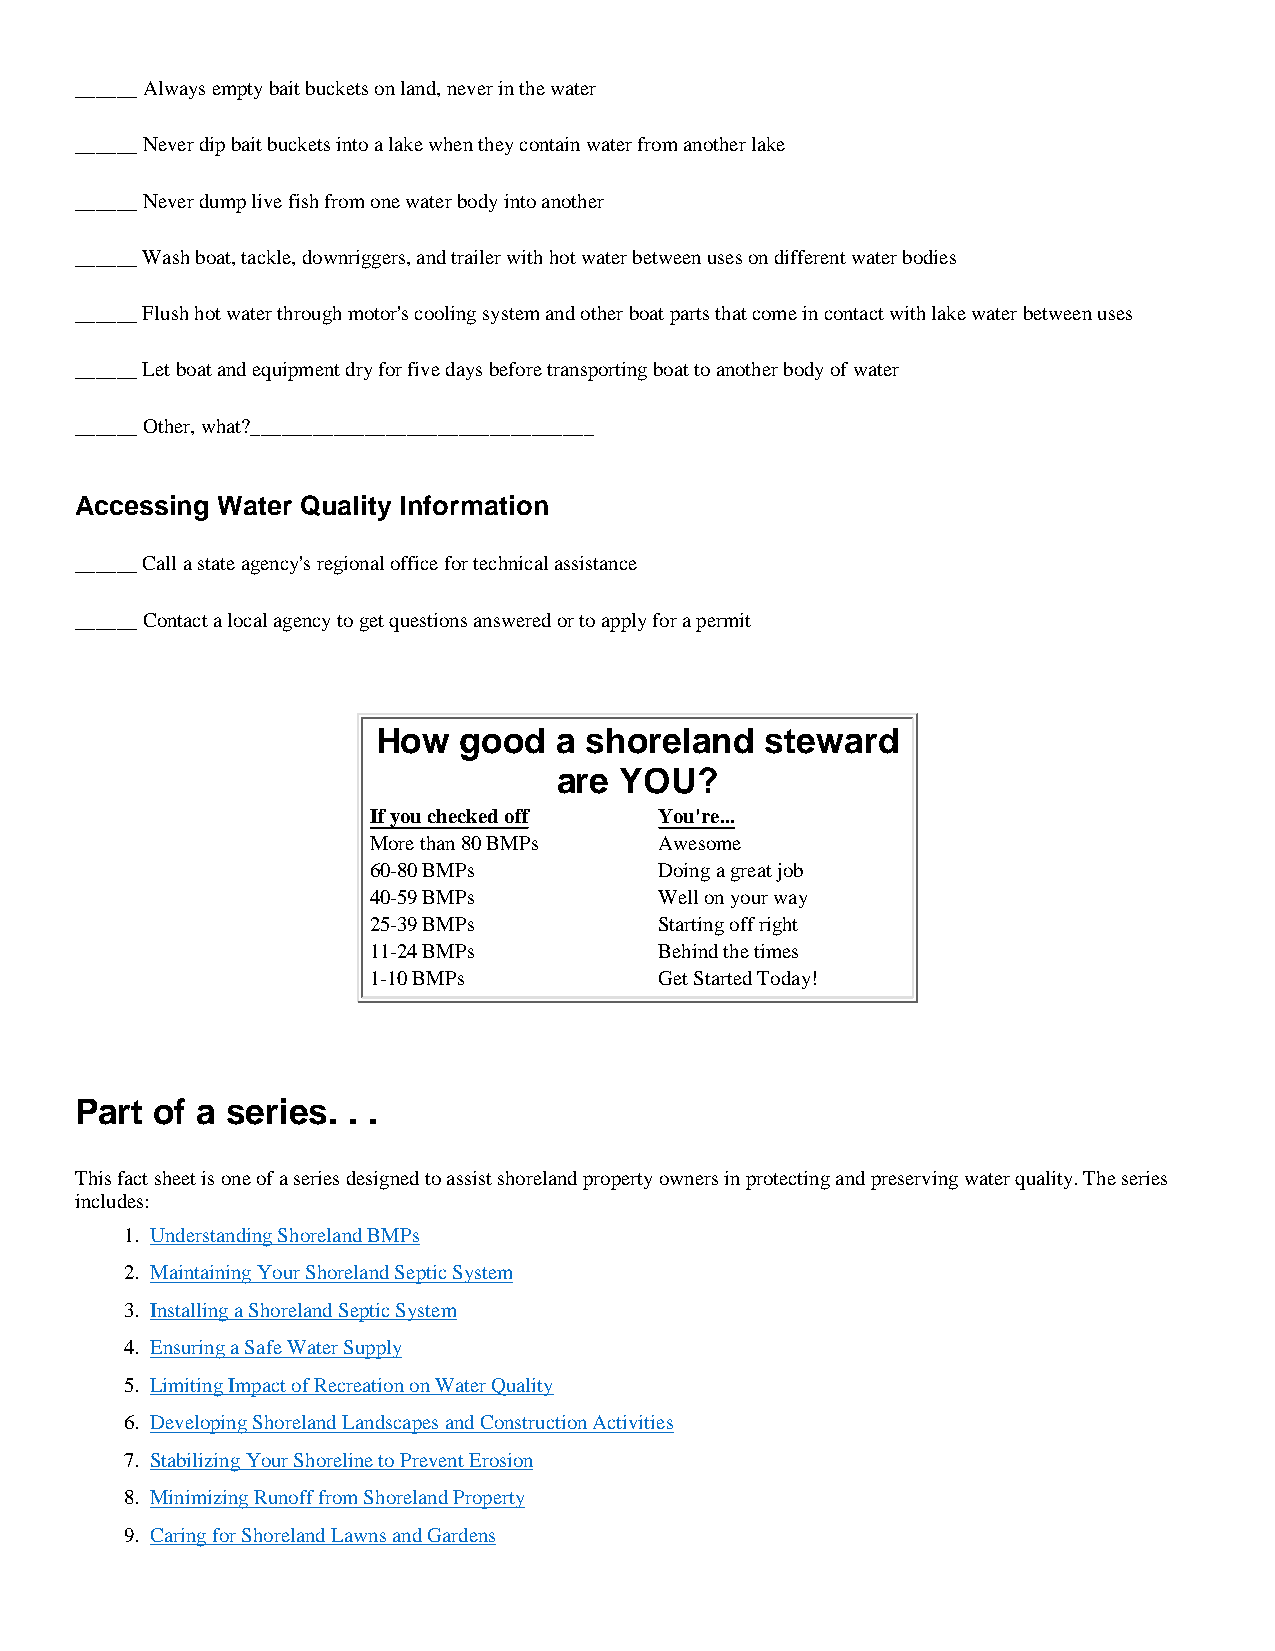
______ Always empty bait buckets on land, never in the water
 ______ Never dip bait buckets into a lake when they contain water from another lake
 ______ Never dump live fish from one water body into another
 ______ Wash boat, tackle, downriggers, and trailer with hot water between uses on different water bodies
 ______ Flush hot water through motor's cooling system and other boat parts that come in contact with lake water between uses
 ______ Let boat and equipment dry for five days before transporting boat to another body of water
 ______ Other, what?_________________________________
 Accessing Water Quality Information
 ______ Call a state agency's regional office for technical assistance
 ______ Contact a local agency to get questions answered or to apply for a permit
 How  good   a shoreland   steward
 are YOU?
 If you checked off  You're...
 More than 80 BMPs   Awesome
 60-80 BMPs          Doing a great job
 40-59 BMPs          Well on your way
 25-39 BMPs          Starting off right
 11-24 BMPs          Behind the times
 1-10 BMPs           Get Started Today!
 Part of a series. . .
 This fact sheet is one of a series designed to assist shoreland property owners in protecting and preserving water quality. The series
 includes:
 1. Understanding Shoreland BMPs
 2. Maintaining Your Shoreland Septic System
 3. Installing a Shoreland Septic System
 4. Ensuring a Safe Water Supply
 5. Limiting Impact of Recreation on Water Quality
 6. Developing Shoreland Landscapes and Construction Activities
 7. Stabilizing Your Shoreline to Prevent Erosion
 8. Minimizing Runoff from Shoreland Property
 9. Caring for Shoreland Lawns and Gardens